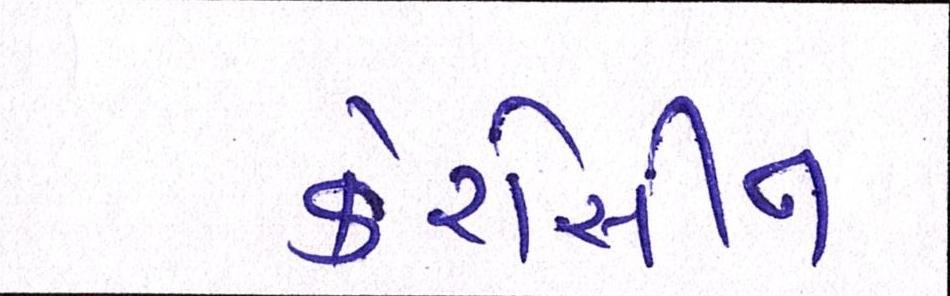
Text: કેરોસીન